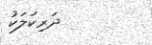
ދަރިކަލަކު